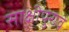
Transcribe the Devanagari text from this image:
साक्षीपुरावे